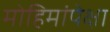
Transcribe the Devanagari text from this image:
मोहिमांपेक्षा